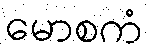
မောစကံ